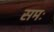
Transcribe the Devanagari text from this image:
समः